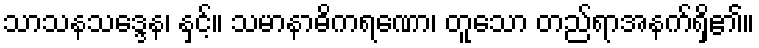
သာသနသဒ္ဒေန၊ နှင့်။ သမာနာဓိကရဏော၊ တူသော တည်ရာအနက်ရှိ၏။